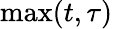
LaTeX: \operatorname*{max}(t,\tau)